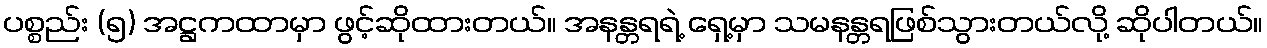
ပစ္စည်း (၅) အဋ္ဌကထာမှာ ဖွင့်ဆိုထားတယ်။ အနန္တရရဲ့ ရှေ့မှာ သမနန္တရဖြစ်သွားတယ်လို့ ဆိုပါတယ်။